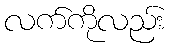
လက်ကိုလည်း